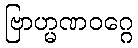
ဗြာဟ္မဏဝဂ္ဂေ